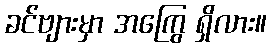
ခင်ဗျားမှာ အကြွေ ရှိလား။